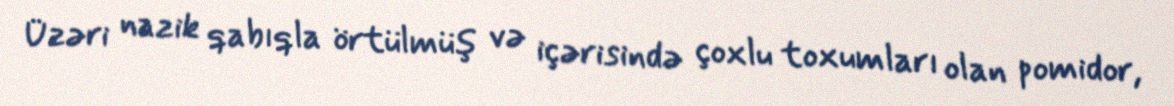
Üzəri nazik qabıqla örtülmüş və içərisində çoxlu toxumları olan pomidor,